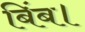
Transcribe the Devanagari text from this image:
बिंब।